Report of the King Institute of Preventive Medicine, Guindy
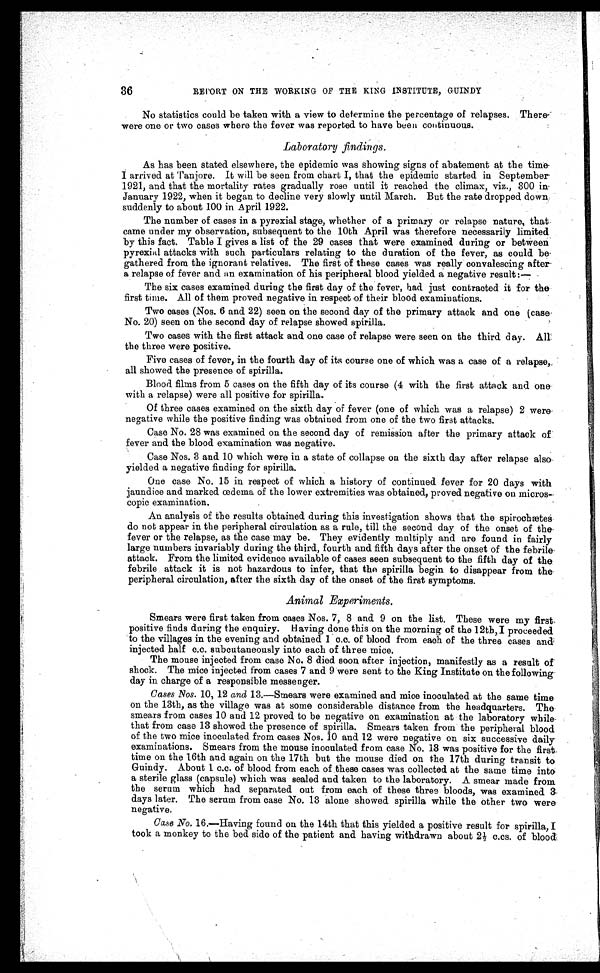
REPORT ON THE WORKING OF THE KING INSTITUTE, GUINDY
No statistics could be taken with a view to determine the percentage of relapses. `There
were one or two cases where the fever was reported to have been continuous.
Laboratory findings.
As has been stated elsewhere, the epidemic was showing signs of abatement at the time
I arrived at Tanjore. It will be seen from chart I, that the epidemic started in September
1921, and that the mortality rates gradually rose until it reached the climax, viz., 300 in
January 1922, when it began to decline very slowly until March. But the rate dropped down
suddenly to about 100 in April 1922.
The number of cases in a pyrexial stage, whether of a primary or relapse nature, that
came under my observation, subsequent to the 10th April was therefore necessarily limited
by this fact. Table I gives a list of the 29 cases that were examined during or between
pyrexial attacks with such particulars relating to the duration of the fever, as could be
gathered from the ignorant relatives. The first of these cases was really convalescing after
a relapse of fever and an examination of his peripheral blood yielded a negative result:—
The six cases examined during the first day of the fever, had just contracted it for the
first time. All of them proved negative in respect of their blood examinations.
Two cases (Nos. 6 and 22) seen on the second day of the primary attack and one (case
No. 20) seen on the second day of relapse showed spirilla.
Two cases with the first attack and one case of relapse were seen on the third day. All
the three were positive.
Five cases of fever, in the fourth day of its course one of which was a case of a relapse,
all showed the presence of spirilla.
Blood films from 5 cases on the fifth day of its course (4 with the first attack and one
with a relapse) were all positive for spirilla.
Of three cases examined on the sixth day of fever (one of which was a relapse) 2 were
negative while the positive finding was obtained from one of the two first attacks.
Case No. 28 was examined on the second day of remission after the primary attack of
fever and the blood examination was negative.
Case Nos. 3 and 10 which were in a state of collapse on the sixth day after relapse also
yielded a negative finding for spirilla.
One case No. 15 in respect of which a history of continued fever for 20 days with
jaundice and marked œdema of the lower extremities was obtained, proved negative on micros-
copic examination.
An analysis of the results obtained during this investigation shows that the spirochætes
do not appear in the peripheral circulation as a rule, till the second day of the onset of the
fever or the relapse, as the case may be. They evidently multiply and are found in fairly
l a r g e n u m b e r s i n v a r i a b l y d u r i n g t h e t h i r d , f o u r t h a n d f i f t h d a y s a f t e r t h e o n s e t o f t h e f e b r i l e
attack. From the limited evidence available of cases seen subsequent to the fifth day of the
febrile attack it is not hazardous to infer, that the spirilla begin to disappear from the
peripheral circulation, after the sixth day of the onset of the first symptoms.
Animal Experiments.
Smears were first taken from cases Nos. 7, 8 and 9 on the list. These were my first
positive finds during the enquiry. Having done this on the morning of the 12th, I proceeded
to the villages in the evening and obtained 1 c.c. of blood from each of the three cases and
injected half c.c. subcutaneously into each of three mice.
The mouse injected from case No. 8 died soon after injection, manifestly as a result of
shock. The mice injected from cases 7 and 9 were sent to the King Institute on the following
day in charge of a responsible messenger.
Cases Nos. 10, 12 and 13.—Smears were examined and mice inoculated at the same time
on the 13th, as the village was at some considerable distance from the headquarters. The
smears from cases 10 and 12 proved to be negative on examination at the laboratory while
that from case 13 showed the presence of spirilla. Smears taken from the peripheral blood
of the two mice inoculated from cases Nos. 10 and 12 were negative on six successive daily
examinations. Smears from the mouse inoculated from case No. 13 was positive for the first
time on the 16th and again on the 17th but the mouse died on the 17th during transit to
Guindy. About 1 c.c. of blood from each of these cases was collected at the same time into
a sterile glass (capsule) which was sealed and taken to the laboratory. A smear made from
the serum which had separated out from each of these three bloods, was examined 3
days later. The serum from case No. 13 alone showed spirilla while the other two were
negative.
Case No. 16.—Having found on the 14th that this yielded a positive result for spirilla, I
took a monkey to the bed side of the patient and having withdrawn about 2½ c.cs. of blood
36